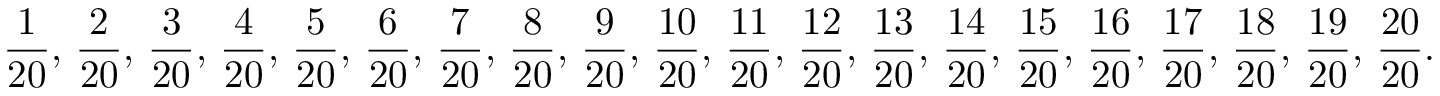
{ \frac { 1 } { 2 0 } } , \, { \frac { 2 } { 2 0 } } , \, { \frac { 3 } { 2 0 } } , \, { \frac { 4 } { 2 0 } } , \, { \frac { 5 } { 2 0 } } , \, { \frac { 6 } { 2 0 } } , \, { \frac { 7 } { 2 0 } } , \, { \frac { 8 } { 2 0 } } , \, { \frac { 9 } { 2 0 } } , \, { \frac { 1 0 } { 2 0 } } , \, { \frac { 1 1 } { 2 0 } } , \, { \frac { 1 2 } { 2 0 } } , \, { \frac { 1 3 } { 2 0 } } , \, { \frac { 1 4 } { 2 0 } } , \, { \frac { 1 5 } { 2 0 } } , \, { \frac { 1 6 } { 2 0 } } , \, { \frac { 1 7 } { 2 0 } } , \, { \frac { 1 8 } { 2 0 } } , \, { \frac { 1 9 } { 2 0 } } , \, { \frac { 2 0 } { 2 0 } } .